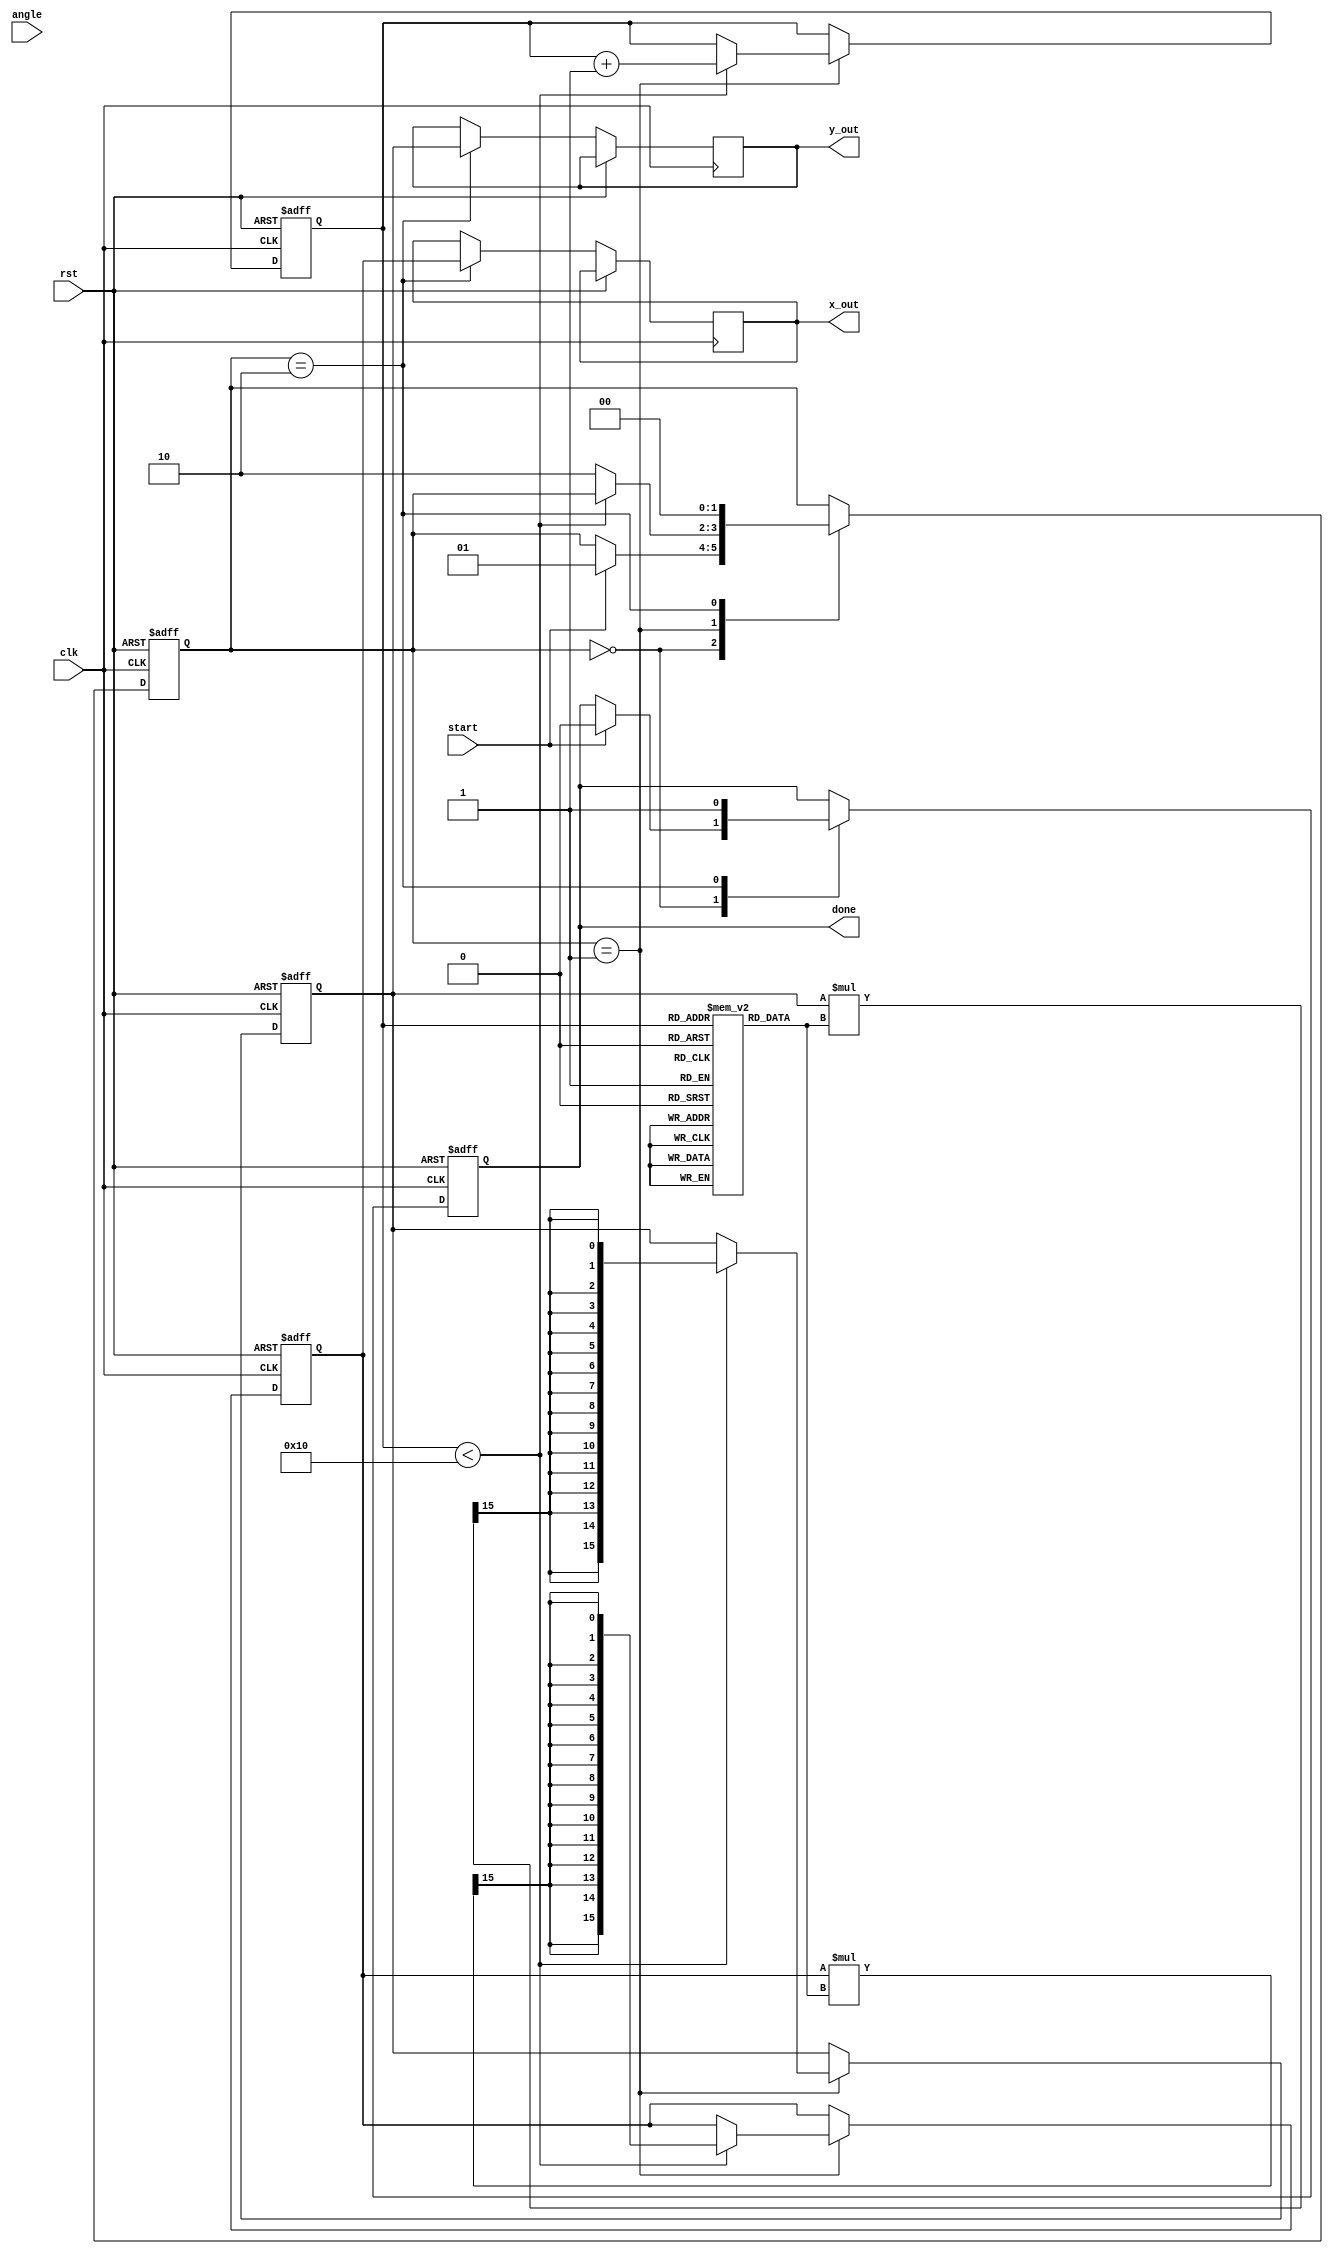
module cordic (
    input wire clk,
    input wire rst,
    input wire start,
    input wire signed [15:0] angle, // Input angle in fixed-point format
    output reg signed [15:0] x_out,  // Output cosine value
    output reg signed [15:0] y_out,  // Output sine value
    output reg done
);

    // Parameters
    parameter NUM_ITERATIONS = 16; // Number of iterations
    parameter GAIN = 16'h26DD; // Gain value (fixed-point representation of 1/K)

    // Lookup tables (for angles and gains)
    reg signed [15:0] angle_lut [0:NUM_ITERATIONS-1];
    reg signed [15:0] gain_lut [0:NUM_ITERATIONS-1];

    // Internal signals
    reg signed [15:0] x;
    reg signed [15:0] y;
    reg signed [15:0] z;
    reg [3:0] iter;
    reg [1:0] state;

    // State machine states
    localparam IDLE = 2'b00;
    localparam RUN = 2'b01;
    localparam DONE = 2'b10;

    // Initialize lookup tables
    initial begin
        angle_lut[0] = 16'h2000; // atan(2^0)
        angle_lut[1] = 16'h1666; // atan(2^-1)
        angle_lut[2] = 16'h0D89; // atan(2^-2)
        angle_lut[3] = 16'h0A3D; // atan(2^-3)
        angle_lut[4] = 16'h0524; // atan(2^-4)
        angle_lut[5] = 16'h028B; // atan(2^-5)
        angle_lut[6] = 16'h0142; // atan(2^-6)
        angle_lut[7] = 16'h00A1; // atan(2^-7)
        angle_lut[8] = 16'h0051; // atan(2^-8)
        angle_lut[9] = 16'h0028; // atan(2^-9)
        angle_lut[10] = 16'h0014; // atan(2^-10)
        angle_lut[11] = 16'h000A; // atan(2^-11)
        angle_lut[12] = 16'h0005; // atan(2^-12)
        angle_lut[13] = 16'h0002; // atan(2^-13)
        angle_lut[14] = 16'h0001; // atan(2^-14)
        angle_lut[15] = 16'h0000; // atan(2^-15)

        gain_lut[0] = 16'h26DD; // Gain for iteration 0
        gain_lut[1] = 16'h1A62; // Gain for iteration 1
        gain_lut[2] = 16'h0E6C; // Gain for iteration 2
        gain_lut[3] = 16'h07A9; // Gain for iteration 3
        gain_lut[4] = 16'h03D4; // Gain for iteration 4
        gain_lut[5] = 16'h01F6; // Gain for iteration 5
        gain_lut[6] = 16'h00FF; // Gain for iteration 6
        gain_lut[7] = 16'h007F; // Gain for iteration 7
        gain_lut[8] = 16'h003F; // Gain for iteration 8
        gain_lut[9] = 16'h001F; // Gain for iteration 9
        gain_lut[10] = 16'h000F; // Gain for iteration 10
        gain_lut[11] = 16'h0007; // Gain for iteration 11
        gain_lut[12] = 16'h0003; // Gain for iteration 12
        gain_lut[13] = 16'h0001; // Gain for iteration 13
        gain_lut[14] = 16'h0000; // Gain for iteration 14
        gain_lut[15] = 16'h0000; // Gain for iteration 15
    end

    // CORDIC computation
    always @(posedge clk or posedge rst) begin
        if (rst) begin
            x <= 16'h4000; // Initial x = 1.0 (fixed-point)
            y <= 16'h0000; // Initial y = 0.0
            z <= angle;    // Input angle
            iter <= 0;
            state <= IDLE;
            done <= 0;
        end else begin
            case (state)
                IDLE: begin
                    if (start) begin
                        state <= RUN;
                        done <= 0;
                    end
                end

                RUN: begin
                    if (iter < NUM_ITERATIONS) begin
                        if (z < 0) begin
                            // Counterclockwise rotation
                            x <= x + (y >>> iter);
                            y <= y - (x >>> iter);
                            z <= z + angle_lut[iter];
                        end else begin
                            // Clockwise rotation
                            x <= x - (y >>> iter);
                            y <= y + (x >>> iter);
                            z <= z - angle_lut[iter];
                        end

                        // Scale by gain
                        x <= (x * gain_lut[iter]) >>> 15;
                        y <= (y * gain_lut[iter]) >>> 15;

                        iter <= iter + 1;
                    end else begin
                        state <= DONE;
                    end
                end

                DONE: begin
                    x_out <= x;
                    y_out <= y;
                    done <= 1;
                    state <= IDLE; // Reset to IDLE for next operation
                end
            endcase
        end
    end
endmodule